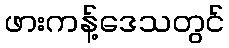
ဖားကန့်ဒေသတွင်